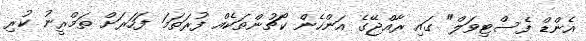
އެންޑް ފެސްޓިވަލް" ގައި ރާއްޖޭގެ އަންހެން ކޯޗުންތަކެއް ފުރަތަމަ ފަހަރަށް ތަމްރީނު ކުރި